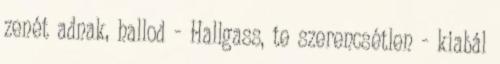
zenét adnak, hallod - Hallgass, te szerencsétlen - kiabál